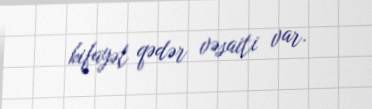
kifayət qədər vəsaiti var.